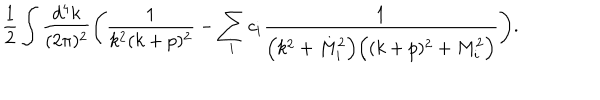
LaTeX: \frac { 1 } { 2 } \int \frac { d ^ { 4 } k } { ( 2 \pi ) ^ { 2 } } \Bigg ( \frac { 1 } { k ^ { 2 } ( k + p ) ^ { 2 } } - \sum _ { i } c _ { i } \frac { 1 } { \Big ( k ^ { 2 } + M _ { i } ^ { 2 } \Big ) \Big ( ( k + p ) ^ { 2 } + M _ { i } ^ { 2 } \Big ) } \Bigg ) .